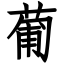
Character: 葡